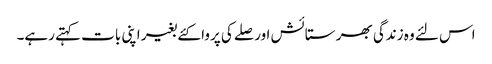
اس لئے وہ زندگی بھر ستائش اور صلے کی پروا کئے بغیر اپنی بات کہتے رہے۔